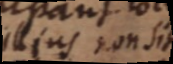
illius non sit